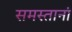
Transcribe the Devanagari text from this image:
समस्तानां